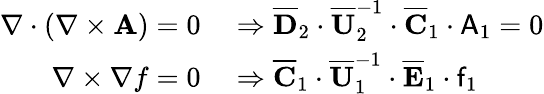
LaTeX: \begin{array}{rl}{\nabla\cdot(\nabla\times\mathbf{A})=0}&{{}\Rightarrow\overline{{\mathbf{D}}}_{2}\cdot\overline{{\mathbf{U}}}_{2}^{-1}\cdot\overline{{\mathbf{C}}}_{1}\cdot\mathsf{A}_{1}=0}\\ {\nabla\times\nabla f=0}&{{}\Rightarrow\overline{{\mathbf{C}}}_{1}\cdot\overline{{\mathbf{U}}}_{1}^{-1}\cdot\overline{{\mathbf{E}}}_{1}\cdot\mathsf{f}_{1}}\end{array}